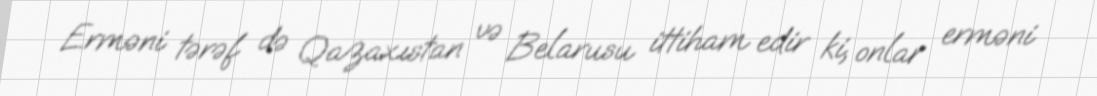
Erməni tərəf də Qazaxıstan və Belarusu ittiham edir ki, onlar erməni